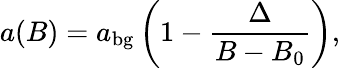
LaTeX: a(B)=a_{\mathrm{{bg}}}\left(1-\frac{\Delta}{B-B_{0}}\right),